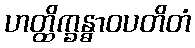
ဟတ္ထိက္ခန္ဓာဝပတိတံ